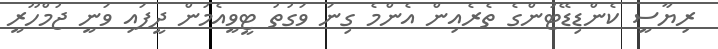
ރިޔާސީ ކެންޑިޑޭޓުންގެ ތެރެއިން އެންމެ ގިނަ ވަގުތު ޓީވީއެމުން ދީފައި ވަނީ ޖުމްހޫރީ